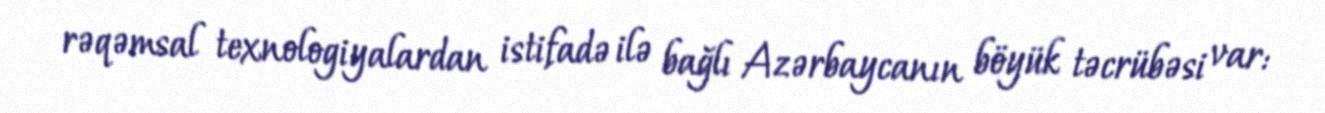
rəqəmsal texnologiyalardan istifadə ilə bağlı Azərbaycanın böyük təcrübəsi var: